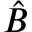
\hat { B }